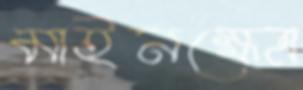
মাইনক্ষেত্র